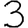
Digit: 3